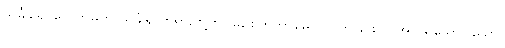
သင်္ခါရေ၊ တေဘူမက သင်္ခါရ တရားတို့ကို။ မုဉှစိတုကာမော၊ လွတ်ခြင်းငှာ အလိုရှိသော။ သော၊